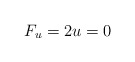
\begin{align*} F_u = 2u = 0\end{align*}